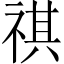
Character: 祺